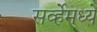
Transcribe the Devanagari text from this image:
सर्व्हेमध्ये